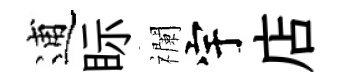
逋眎襴宇店